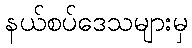
နယ်စပ်ဒေသများမှ